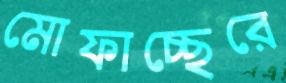
মোফাচ্ছেরে